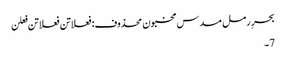
بحرِ رمل مسدس مخبون محذوف:فعلاتن فعلاتن فعلن
7۔